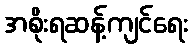
အစိုးရဆန့်ကျင်ရေး